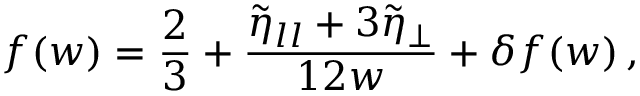
f ( w ) = \frac { 2 } { 3 } + \frac { \tilde { \eta } _ { l l } + 3 \tilde { \eta } _ { \perp } } { 1 2 w } + \delta f ( w ) \, ,